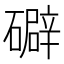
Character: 礔